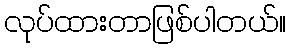
လုပ်ထားတာဖြစ်ပါတယ်။